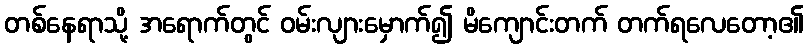
တစ်နေရာသို့ အရောက်တွင် ဝမ်းလျားမှောက်၍ မိကျောင်းတက် တက်ရလေတော့၏